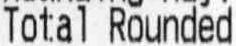
TOTAL ROUNDED